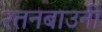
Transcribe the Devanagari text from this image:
रतनबाउनी